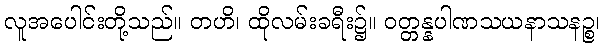
လူအပေါင်းတို့သည်။ တဟိ၊ ထိုလမ်းခရီး၌။ ဝတ္တန္နပါဏသယနာသနဉ္စ၊